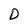
Character: D